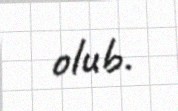
olub.